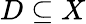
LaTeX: D\subseteq X